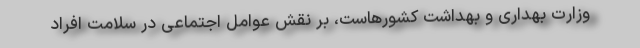
وزارت بهداری و بهداشت کشورهاست، بر نقش عوامل اجتماعی در سلامت افراد